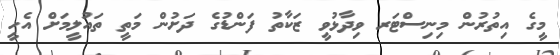
މީގެ އިތުރުން މިނިސްޓަރ ވިދާޅުވީ ޒަކާތު ފަންޑުގެ ދަށުން މަތީ ތައުލީމަށް އެހީ